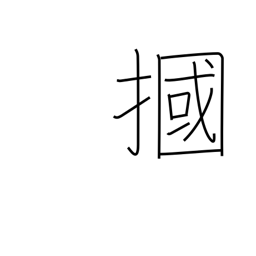
Meaning: box one's ears